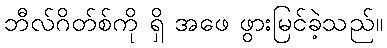
ဘီလ်ဂိတ်စ်ကို ရှိ အဖေ ဖွားမြင်ခဲ့သည်။